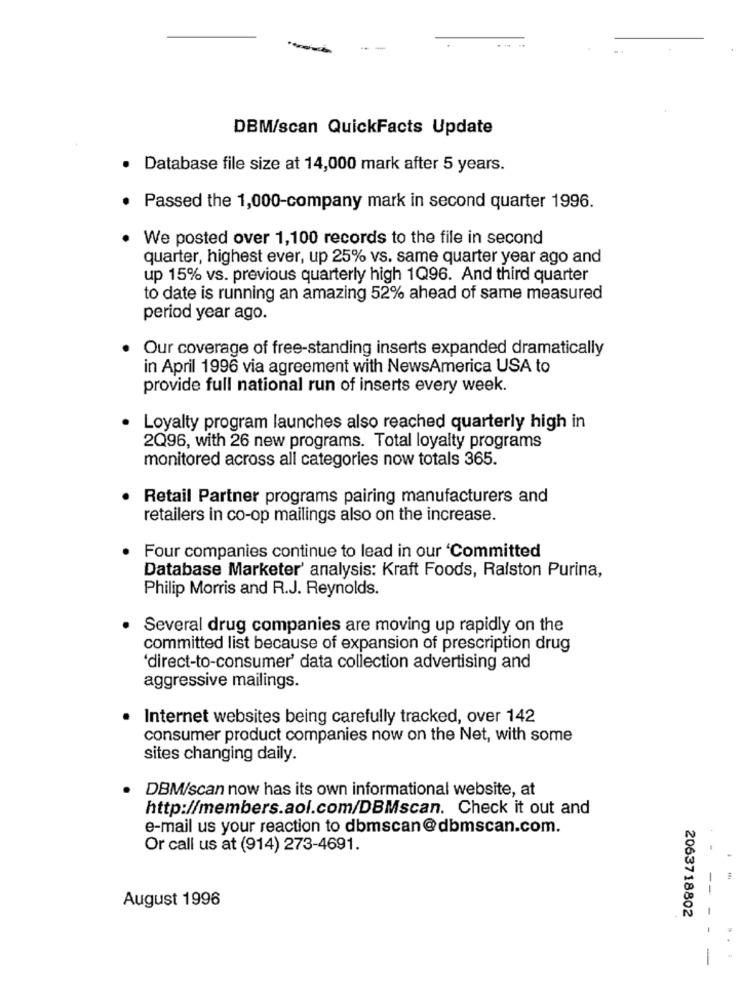
DBM/scan QuickFacts Update
Database file size at 14,000 mark after 5 years.
Passed the 1,000-company mark in second quarter 1996.
We posted over 1,100 records to the file in second
quarter, highest ever, up 25% vs. same quarter year ago and
up 15% vs. previous quarterly high 1Q96. And third quarter
to date is running an amazing 52% ahead of same measured
period year ago.
Our coverage of free-standing inserts expanded dramatically
in April 1996 via agreement with NewsAmerica USA to
provide full national run of inserts every week.
Loyalty program launches also reached quarterly high in
2Q96, with 26 new programs. Total loyalty programs
monitored across all categories now totals 365.
Retail Partner programs pairing manufacturers and
retailers in co-op mailings also on the increase.
Four companies continue to lead in our 'Committed
Database Marketer' analysis: Kraft Foods, Ralston Purina,
Philip Morris and R.J. Reynolds.
Several drug companies are moving up rapidly on the
committed list because of expansion of prescription drug
'direct-to-consumer' data collection advertising and
aggressive mailings.
Internet websites being carefully tracked, over 142
consumer product companies now on the Net, with some
sites changing daily.
DBM/scan now has its own informational website, at
http://members.aol.com/DBMscan. Check it out and
e-mail us your reaction to dbmscan@dbmscan.com.
Or call us at (914) 273-4691.
August 1996
--
2063718802
-
-